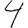
Digit: 4